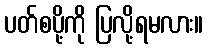
ပတ်စပို့ကို ပြလို့ရမလား။